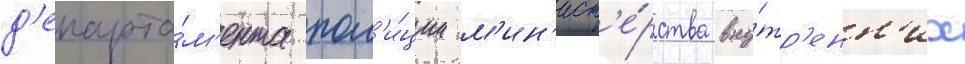
д'епарта́м'ента пол'и́ции м'ин'ист'е́рства вну́тр'енн'их